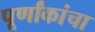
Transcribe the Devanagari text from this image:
पूर्णांकांचा